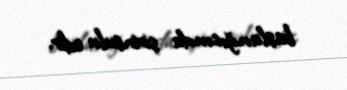
başlanğıcında şirinsulu edir.